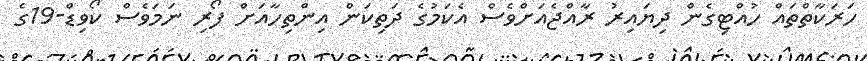
ހަރަކާތްތައް ހުއްޓިގެން ދިޔައިރު ރާއްޖެއަށްވެސް އެކަމުގެ ދަތިކަން އިންތިހާއަށް ފޯރި ނަމަވެސް ކޯވިޑް-19ގެ